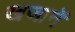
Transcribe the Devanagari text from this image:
खजानें